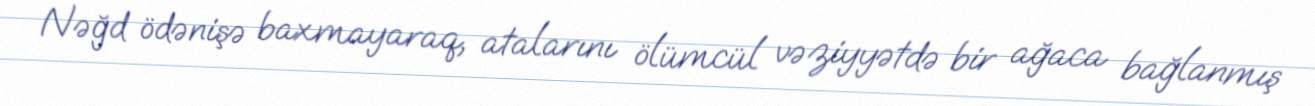
Nəğd ödənişə baxmayaraq, atalarını ölümcül vəziyyətdə bir ağaca bağlanmış